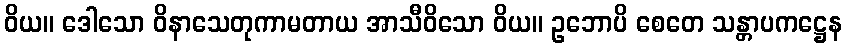
ဝိယ။ ဒေါသော ဝိနာသေတုကာမတာယ အာသီဝိသော ဝိယ။ ဥဘောပိ စေတေ သန္တာပကဋ္ဌေန